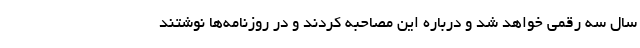
سال سه رقمی خواهد شد و درباره این مصاحبه کردند و در روزنامه‌ها نوشتند